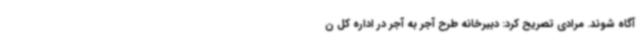
آگاه شوند. مرادی تصریح کرد: دبیرخانه طرح آجر به آجر در اداره کل ن